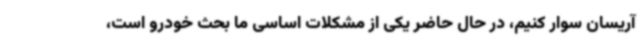
آریسان سوار کنیم، در حال حاضر یکی از مشکلات اساسی ما بحث خودرو است،